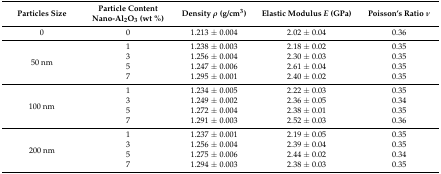
| Particles Size | Particle Content Nano-Al2O3 (wt %) | Density ρ (g/cm3) | Elastic Modulus E (GPa) | Poisson’s Ratio ν |
 | --- | --- | --- | --- | --- |
 | 0 | 0 | 1.213 ± 0.004 | 2.02 ± 0.04 | 0.36 |
 | <ROWSPAN=4> 50 nm | 1 | 1.238 ± 0.003 | 2.18 ± 0.02 | 0.35 |
 | 3 | 1.256 ± 0.004 | 2.30 ± 0.03 | 0.35 |
 | 5 | 1.247 ± 0.006 | 2.61 ± 0.04 | 0.35 |
 | 7 | 1.295 ± 0.001 | 2.40 ± 0.02 | 0.35 |
 | <ROWSPAN=4> 100 nm | 1 | 1.234 ± 0.005 | 2.22 ± 0.03 | 0.35 |
 | 3 | 1.249 ± 0.002 | 2.36 ± 0.05 | 0.34 |
 | 5 | 1.272 ± 0.004 | 2.38 ± 0.01 | 0.35 |
 | 7 | 1.291 ± 0.003 | 2.52 ± 0.03 | 0.36 |
 | <ROWSPAN=4> 200 nm | 1 | 1.237 ± 0.001 | 2.19 ± 0.05 | 0.35 |
 | 3 | 1.256 ± 0.004 | 2.39 ± 0.04 | 0.35 |
 | 5 | 1.275 ± 0.006 | 2.44 ± 0.02 | 0.34 |
 | 7 | 1.294 ± 0.003 | 2.38 ± 0.03 | 0.35 |